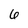
Character: 6